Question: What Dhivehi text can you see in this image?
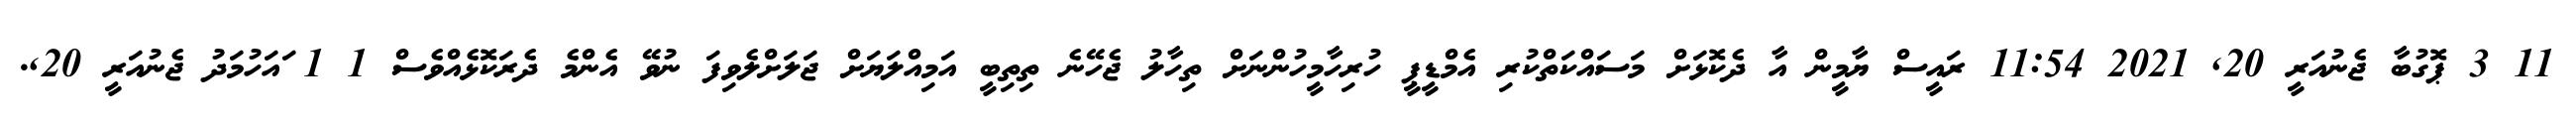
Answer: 11 3 ޕޮގުބާ ޖެނުއަރީ 20, 2021 11:54 ރައީސް ޔާމީން އާ ދެކޮޅަށް މަސައްކަތްކުރި އެމްޑީޕީ ހުރިހާމީހުންނަށް ތިހާލު ޖެހޭނެ ތިތިބީ އަމިއްލަޔަށް ޖަލަށްލެވިފަ ނުވޭ އެންމެ ދެރަކޮޅެއްވެސް 1 1 ައަހުމަދު ޖެނުއަރީ 20,.